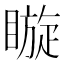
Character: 䁢